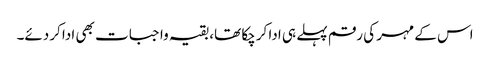
اس کے مہر کی رقم پہلے ہی ادا کرچکا تھا، بقیہ واجبات بھی ادا کردئے۔